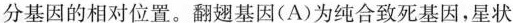
分基因的相对位置。翻翅基因(A)为纯合致死基因，星状